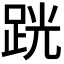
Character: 𫏈